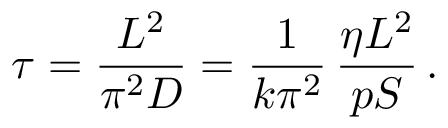
\tau = \frac { L ^ { 2 } } { \pi ^ { 2 } D } = \frac { 1 } { k \pi ^ { 2 } } \, \frac { \eta L ^ { 2 } } { p S } \, .